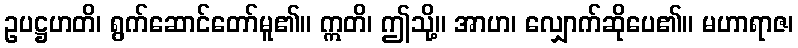
ဥပဋ္ဌဟတိ၊ ရွက်ဆောင်တော်မူ၏။ ဣတိ၊ ဤသို့။ အာဟ၊ လျှောက်ဆိုပေ၏။ မဟာရာဇ၊